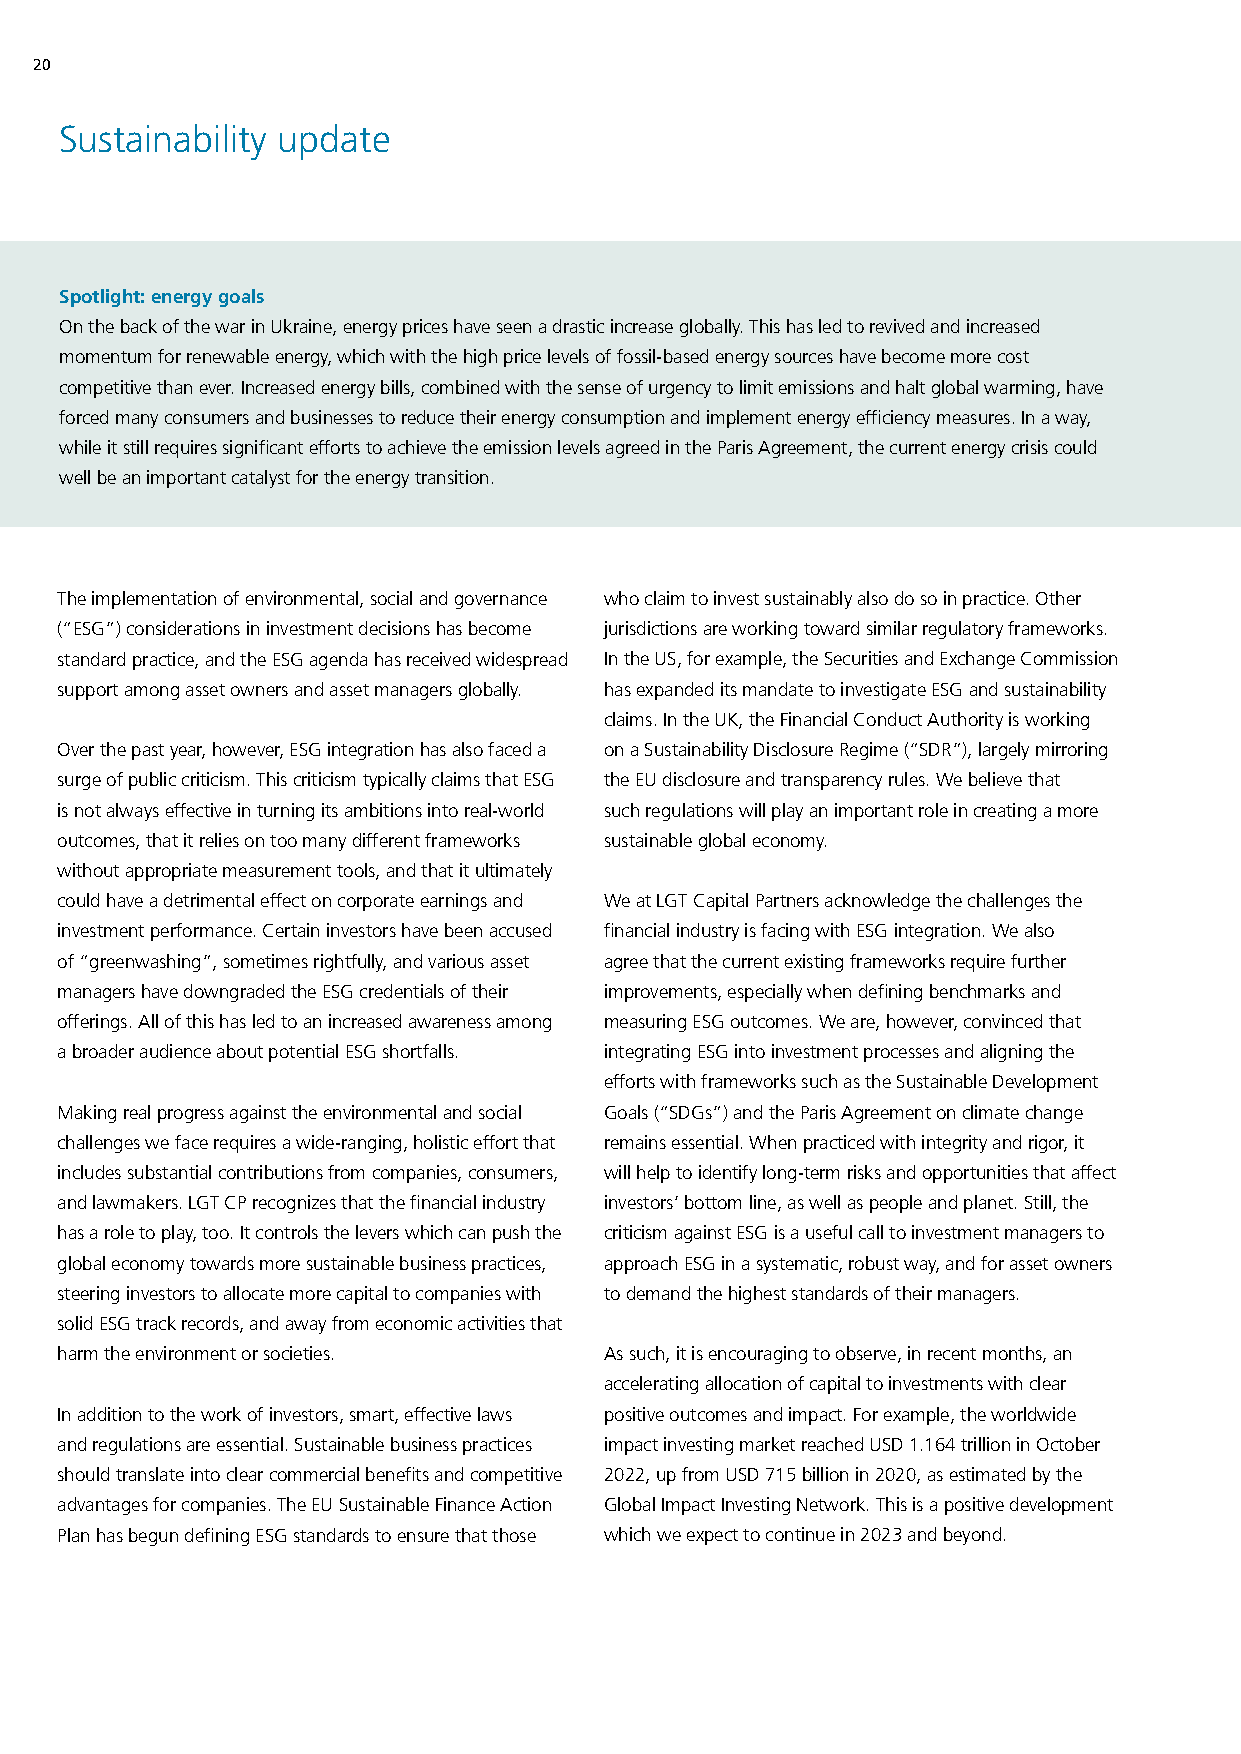
20
 Sustainability update
 Spotlight: energy goals
 On the back of the war in Ukraine, energy prices have seen a drastic increase globally. This has led to revived and increased
 momentum for renewable energy, which with the high price levels of fossil-based energy sources have become more cost
 competitive than ever. Increased energy bills, combined with the sense of urgency to limit emissions and halt global warming, have
 forced many consumers and businesses to reduce their energy consumption and implement energy efficiency measures. In a way,
 while it still requires significant efforts to achieve the emission levels agreed in the Paris Agreement, the current energy crisis could
 well be an important catalyst for the energy transition.
 The implementation of environmental, social and governance who claim to invest sustainably also do so in practice. Other
 (“ESG”) considerations in investment decisions has become jurisdictions are working toward similar regulatory frameworks.
 standard practice, and the ESG agenda has received widespread In the US, for example, the Securities and Exchange Commission
 support among asset owners and asset managers globally. has expanded its mandate to investigate ESG and sustainability
 claims. In the UK, the Financial Conduct Authority is working
 Over the past year, however, ESG integration has also faced a on a Sustainability Disclosure Regime (“SDR”), largely mirroring
 surge of public criticism. This criticism typically claims that ESG the EU disclosure and transparency rules. We believe that
 is not always effective in turning its ambitions into real-world such regulations will play an important role in creating a more
 outcomes, that it relies on too many different frameworks sustainable global economy.
 without appropriate measurement tools, and that it ultimately
 could have a detrimental effect on corporate earnings and We at LGT Capital Partners acknowledge the challenges the
 investment performance. Certain investors have been accused financial industry is facing with ESG integration. We also
 of “greenwashing”, sometimes rightfully, and various asset agree that the current existing frameworks require further
 managers have downgraded the ESG credentials of their improvements, especially when defining benchmarks and
 offerings. All of this has led to an increased awareness among measuring ESG outcomes. We are, however, convinced that
 a broader audience about potential ESG shortfalls. integrating ESG into investment processes and aligning the
 efforts with frameworks such as the Sustainable Development
 Making real progress against the environmental and social Goals (“SDGs”) and the Paris Agreement on climate change
 challenges we face requires a wide-ranging, holistic effort that remains essential. When practiced with integrity and rigor, it
 includes substantial contributions from companies, consumers, will help to identify long-term risks and opportunities that affect
 and lawmakers. LGT CP recognizes that the financial industry investors’ bottom line, as well as people and planet. Still, the
 has a role to play, too. It controls the levers which can push the criticism against ESG is a useful call to investment managers to
 global economy towards more sustainable business practices, approach ESG in a systematic, robust way, and for asset owners
 steering investors to allocate more capital to companies with to demand the highest standards of their managers.
 solid ESG track records, and away from economic activities that
 harm the environment or societies.  As such, it is encouraging to observe, in recent months, an
 accelerating allocation of capital to investments with clear
 In addition to the work of investors, smart, effective laws positive outcomes and impact. For example, the worldwide
 and regulations are essential. Sustainable business practices impact investing market reached USD 1.164 trillion in October
 should translate into clear commercial benefits and competitive 2022, up from USD 715 billion in 2020, as estimated by the
 advantages for companies. The EU Sustainable Finance Action Global Impact Investing Network. This is a positive development
 Plan has begun defining ESG standards to ensure that those which we expect to continue in 2023 and beyond.